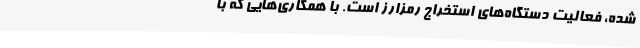
شده‌، فعالیت دستگاه‌های استخراج رمزارز است. با همکاری‌هایی که با